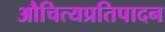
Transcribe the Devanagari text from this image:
औचित्यप्रतिपादन